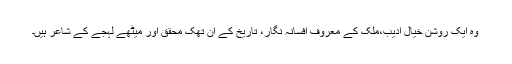
وہ ایک روشن خیال ادیب،ملک کے معروف افسانہ نگار، تاریخ کے اَن تھک محقق اور میٹھے لہجے کے شاعر ہیں۔